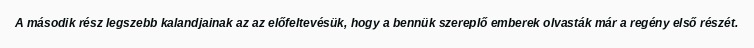
A második rész legszebb kalandjainak az az előfeltevésük, hogy a bennük szereplő emberek olvasták már a regény első részét.